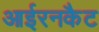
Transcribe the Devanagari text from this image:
आईरनकैट